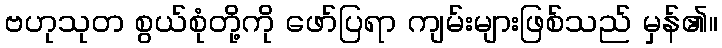
ဗဟုသုတ စွယ်စုံတို့ကို ဖော်ပြရာ ကျမ်းများဖြစ်သည် မှန်၏။